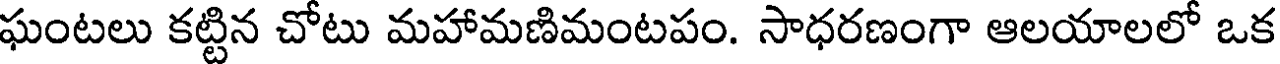
ఘంటలు కట్టిన చోటు మహామణిమంటపం. సాధరణంగా ఆలయాలలో ఒక